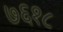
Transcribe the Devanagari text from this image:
७६१८